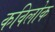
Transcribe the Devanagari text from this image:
कविलोक